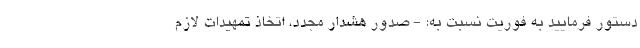
دستور فرمایید به فوریت نسبت به: - صدور هشدار مجدد، اتخاذ تمهیدات لازم